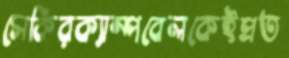
সেকিরক্যাম্পবেলকেইপ্রত